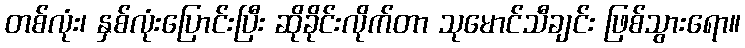
တစ်လုံး၊ နှစ်လုံးပြောင်းပြီး ဆိုခိုင်းလိုက်တာ သုမောင်သီချင်း ဖြစ်သွားရော။